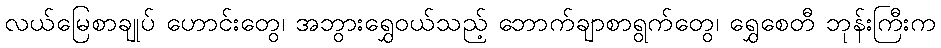
လယ်မြေစာချုပ် ဟောင်းတွေ၊ အဘွားရွှေဝယ်သည့် ဘောက်ချာစာရွက်တွေ၊ ရွှေစေတီ ဘုန်းကြီးက